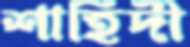
শাহিদী